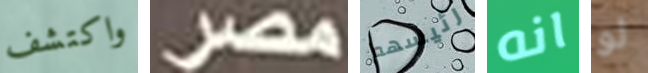
واكتشف مصر رئيسهم انه لو